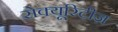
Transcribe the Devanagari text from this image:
सेक्यूरिटीज़